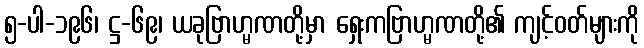
၅-ပါ-၁၉၆၊ ဋ္ဌ-၆၉၊ ယခုဗြာဟ္မဏတို့မှာ ရှေးကဗြာဟ္မဏတို့၏ ကျင့်ဝတ်များကို